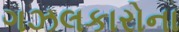
ગઝલકારોના